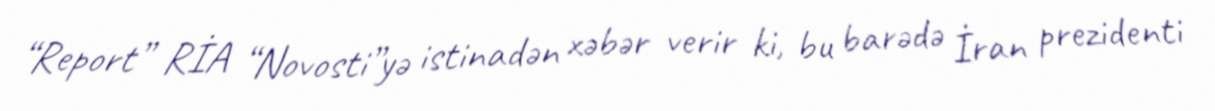
“Report” RİA “Novosti”yə istinadən xəbər verir ki, bu barədə İran prezidenti